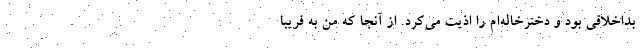
بداخلاقی بود و دخترخاله‌ام را اذیت می‌کرد. از آنجا که من به فریبا